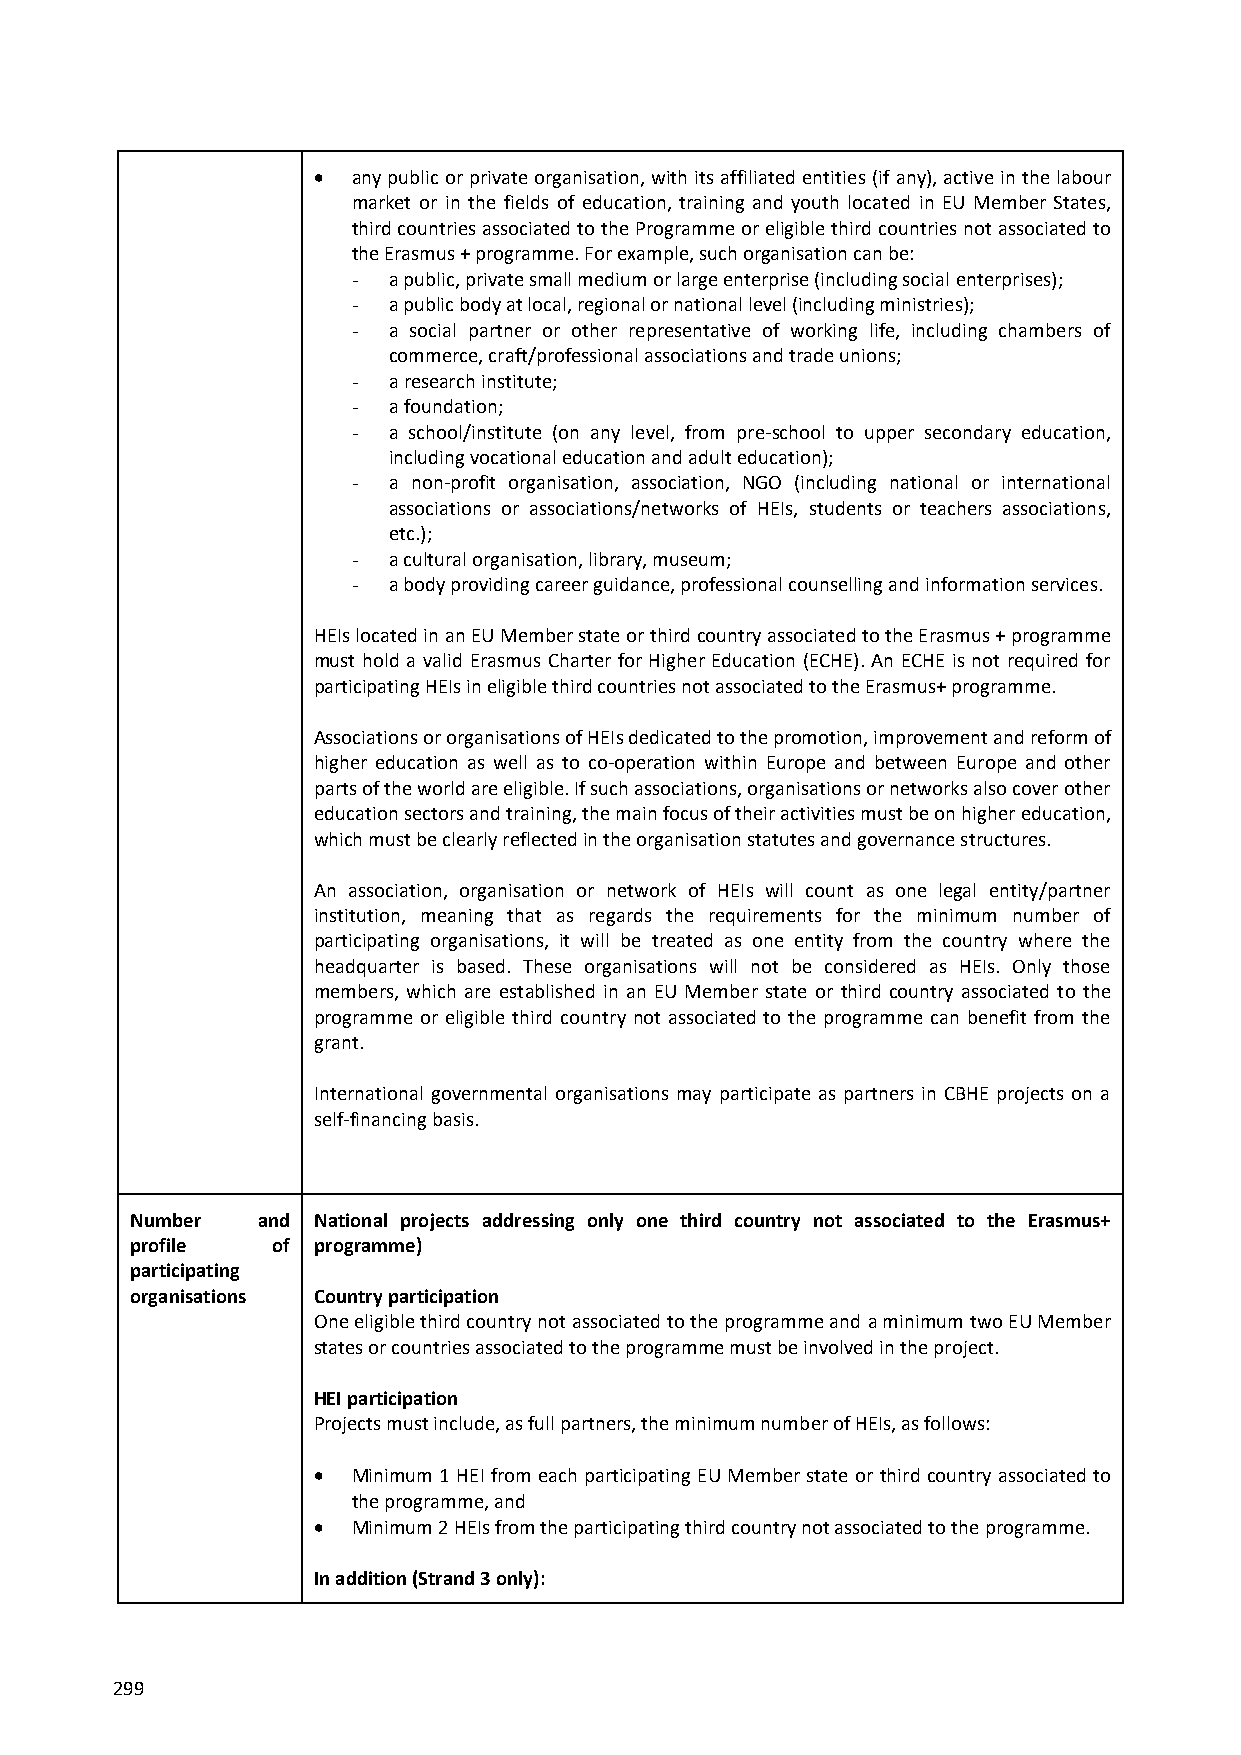
 any public or private organisation, with its affiliated entities (if any), active in the labour
 market or in the fields of education, training and youth located in EU Member States,
 third countries associated to the Programme or eligible third countries not associated to
 the Erasmus + programme. For example, such organisation can be:
 -  a public, private small medium or large enterprise (including social enterprises);
 -  a public body at local, regional or national level (including ministries);
 -  a social partner or other representative of working life, including chambers of
 commerce, craft/professional associations and trade unions;
 -  a research institute;
 -  a foundation;
 -  a school/institute (on any level, from pre-school to upper secondary education,
 including vocational education and adult education);
 -  a non-profit organisation, association, NGO (including national or international
 associations or associations/networks of HEIs, students or teachers associations,
 etc.);
 -  a cultural organisation, library, museum;
 -  a body providing career guidance, professional counselling and information services.
 HEIs located in an EU Member state or third country associated to the Erasmus + programme
 must hold a valid Erasmus Charter for Higher Education (ECHE). An ECHE is not required for
 participating HEIs in eligible third countries not associated to the Erasmus+ programme.
 Associations or organisations of HEIs dedicated to the promotion, improvement and reform of
 higher education as well as to co-operation within Europe and between Europe and other
 parts of the world are eligible. If such associations, organisations or networks also cover other
 education sectors and training, the main focus of their activities must be on higher education,
 which must be clearly reflected in the organisation statutes and governance structures.
 An association, organisation or network of HEIs will count as one legal entity/partner
 institution, meaning that as regards the requirements for the minimum number of
 participating organisations, it will be treated as one entity from the country where the
 headquarter is based. These organisations will not be considered as HEIs. Only those
 members, which are established in an EU Member state or third country associated to the
 programme or eligible third country not associated to the programme can benefit from the
 grant.
 International governmental organisations may participate as partners in CBHE projects on a
 self-financing basis.
 Number  and National projects addressing only one third country not associated to the Erasmus+
 profile  of programme)
 participating
 organisations Country participation
 One eligible third country not associated to the programme and a minimum two EU Member
 states or countries associated to the programme must be involved in the project.
 HEI participation
 Projects must include, as full partners, the minimum number of HEIs, as follows:
  Minimum 1 HEI from each participating EU Member state or third country associated to
 the programme, and
  Minimum 2 HEIs from the participating third country not associated to the programme.
 In addition (Strand 3 only):
 299